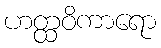
ဟတ္ထဝိကာရော